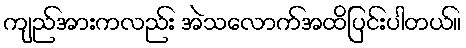
ကျည်အားကလည်း အဲသလောက်အထိပြင်းပါတယ်။